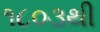
૧૮૦૩થી